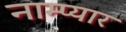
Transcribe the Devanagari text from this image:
नाम्प्यार